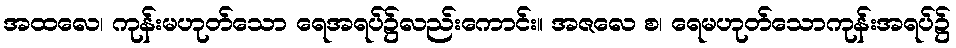
အထလေ၊ ကုန်းမဟုတ်သော ရေအရပ်၌လည်းကောင်း။ အဇလေ စ၊ ရေမဟုတ်သောကုန်းအရပ်၌